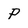
Character: P